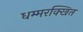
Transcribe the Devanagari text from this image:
धम्मरक्खित